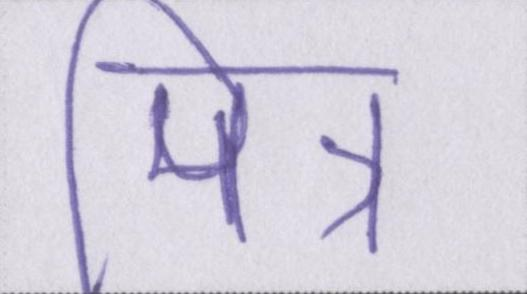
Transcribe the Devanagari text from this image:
मित्र